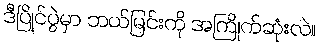
ဒီပြိုင်ပွဲမှာ ဘယ်မြင်းကို အကြိုက်ဆုံးလဲ။